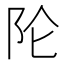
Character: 𲉉